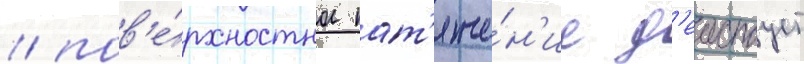
/ пов'е́рхностное нат'яже́н'ие д'еиствует